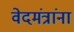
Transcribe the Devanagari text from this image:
वेदमंत्रांना